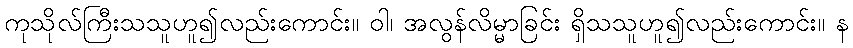
ကုသိုလ်ကြီးသသူဟူ၍လည်းကောင်း။ ဝါ၊ အလွန်လိမ္မာခြင်း ရှိသသူဟူ၍လည်းကောင်း။ န